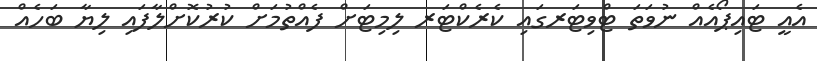
އެއީ ޓައިޕޯއެއް ނުވަތަ ޓްވިޓަރގައި ކެރެކްޓަރ ލިމިޓަށް ފެއްތުމަށް ކުރުކޮށްލާފައި ލިޔާ ބަހެއް